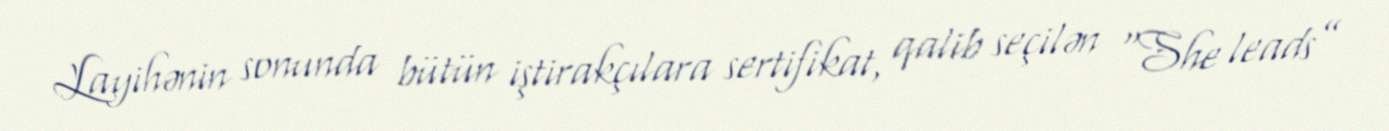
Layihənin sonunda bütün iştirakçılara sertifikat, qalib seçilən “She leads”